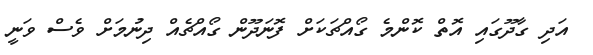
އަދި ގާދޫގައި އޮތް ކޮންމެ ގޯއްޗަކަށް ފޮނަދޫން ގޯއްޗެއް ދިނުމަށް ވެސް ވަނީ